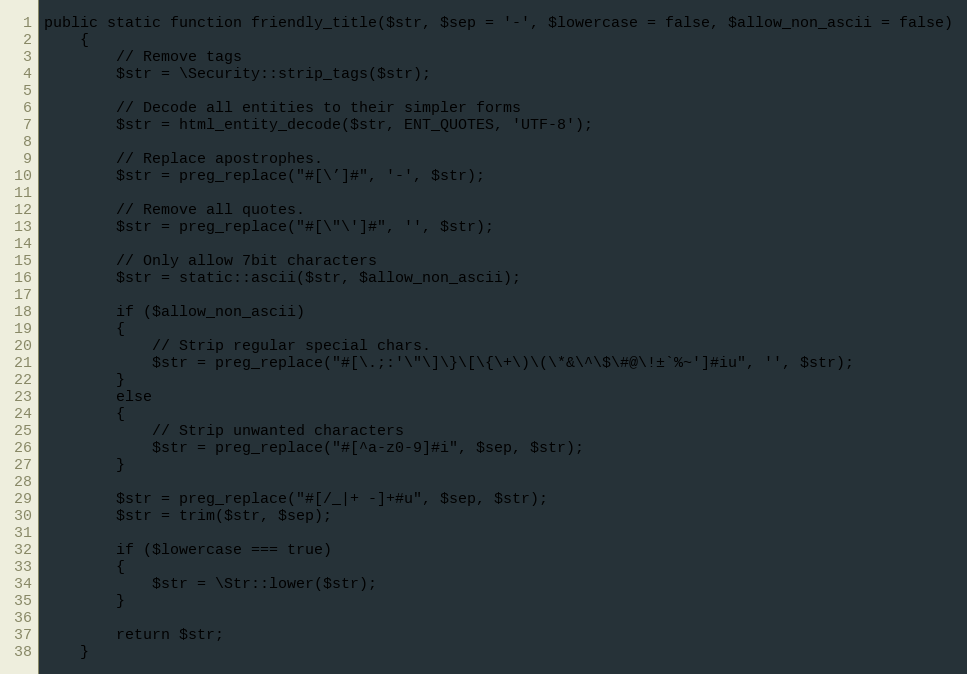
Language: PHP
public static function friendly_title($str, $sep = '-', $lowercase = false, $allow_non_ascii = false)
	{
		// Remove tags
		$str = \Security::strip_tags($str);

		// Decode all entities to their simpler forms
		$str = html_entity_decode($str, ENT_QUOTES, 'UTF-8');

		// Replace apostrophes.
		$str = preg_replace("#[\’]#", '-', $str);

		// Remove all quotes.
		$str = preg_replace("#[\"\']#", '', $str);

		// Only allow 7bit characters
		$str = static::ascii($str, $allow_non_ascii);

		if ($allow_non_ascii)
		{
			// Strip regular special chars.
			$str = preg_replace("#[\.;:'\"\]\}\[\{\+\)\(\*&\^\$\#@\!±`%~']#iu", '', $str);
		}
		else
		{
			// Strip unwanted characters
			$str = preg_replace("#[^a-z0-9]#i", $sep, $str);
		}

		$str = preg_replace("#[/_|+ -]+#u", $sep, $str);
		$str = trim($str, $sep);

		if ($lowercase === true)
		{
			$str = \Str::lower($str);
		}

		return $str;
	}